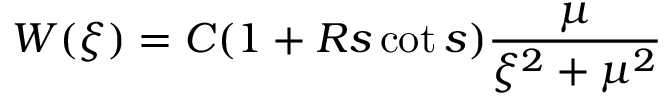
W ( \xi ) = C ( 1 + R s \cot s ) \frac { \mu } { \xi ^ { 2 } + \mu ^ { 2 } }